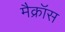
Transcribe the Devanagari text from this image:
मैक्रॉस